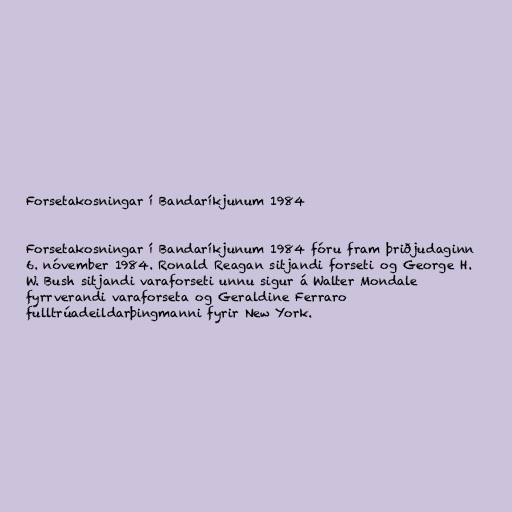
Forsetakosningar í Bandaríkjunum 1984

Forsetakosningar í Bandaríkjunum 1984 fóru fram þriðjudaginn
6. nóvember 1984. Ronald Reagan sitjandi forseti og George H.
W. Bush sitjandi varaforseti unnu sigur á Walter Mondale
fyrrverandi varaforseta og Geraldine Ferraro
fulltrúadeildarþingmanni fyrir New York.